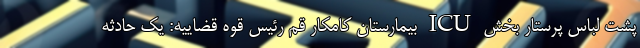
پشت لباس پرستار بخش ICU بیمارستان کامکار قم رئیس قوه قضاییه: یک حادثه